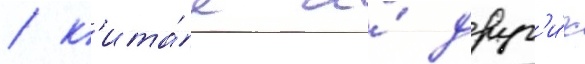
/ к'ита́е и́ друг'и́х